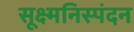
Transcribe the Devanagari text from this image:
सूक्ष्मनिस्पंदन